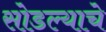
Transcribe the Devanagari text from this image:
सोडल्याचे